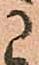
に